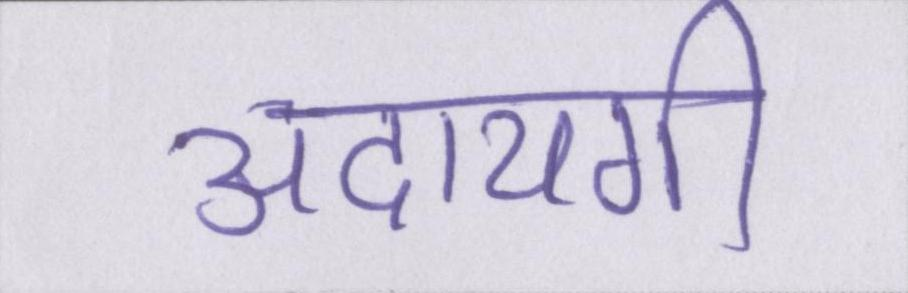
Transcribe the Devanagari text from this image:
अदायगी